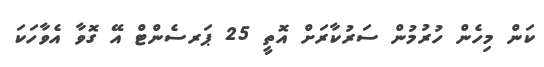
ކަން މިހެން ހުރުމުން ސަރުކާރަށް އޮތީ 25 ޕަރސެންޓް އޭ ގޮވާ އެވާހަކަ